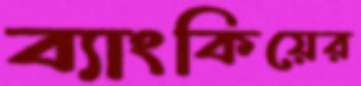
ব্যাংকিয়ের